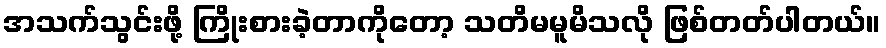
အသက်သွင်းဖို့ ကြိုးစားခဲ့တာကိုတော့ သတိမမူမိသလို ဖြစ်တတ်ပါတယ်။